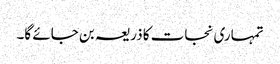
تمہاری نجات کا ذریعہ بن جائے گا۔